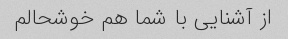
از آشنایی با شما هم خوشحالم